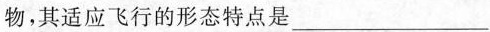
物，其适应飞行的形态特点是___